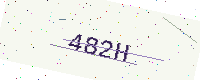
Text: 482H